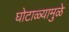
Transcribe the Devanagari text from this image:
घोटाळ्यामुळे